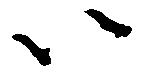
以